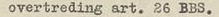
overtreding art. 26 BBS.